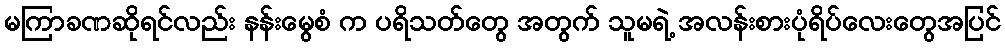
မကြာခဏဆိုရင်လည်း နန်းမွေစံ က ပရိသတ်တွေ အတွက် သူမရဲ့ အလန်းစားပုံရိပ်လေးတွေအပြင်